Fourth election of Education Authorities, 1928, 1928
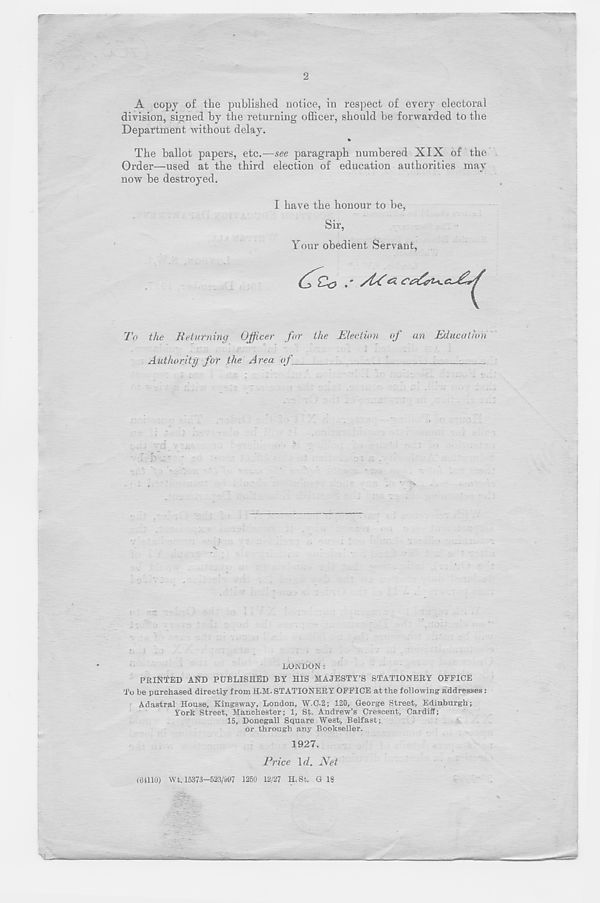
2
A copy of the published notice, in respect of every electoral
division, signed by the returning officer, should be forwarded to the
Department without delay.
The ballot papers, etc.—see paragraph numbered XIX of the
Order—used at the third election of education authorities may
now be destroyed.
I have the honour to be,
Sir,
Your obedient Servant,
To the Returning Officer for the Election of an Education
Authority for the Area of_
*
■
LONDON:
PRINTED AND PUBLISHED BY HIS MAJESTY’S STATIONERY OFFICE
To be purchased directly from H.M. STATIONERY OFFICE at the following addresses:
Adastral House, Kingsway, London, W.C.2; 120, George Street, Edinburgh;
York Street, Manchester; 1, St. Andrew’s Crescent, Cardiff;
15, Donegall Square West, Belfast;
or through any Bookseller.
1927.
Price \d. Net
(61110) Wt. 15373-523/697 1250 12/27 H.St. G 18